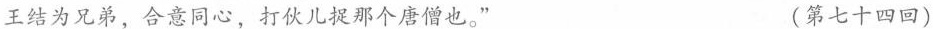
王结为兄弟，合意同心，打伙儿捉那个唐僧也。” (第七十四回)